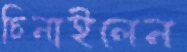
চিনাইলেন